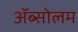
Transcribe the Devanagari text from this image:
अॅब्सोलम